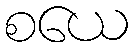
စယေ